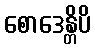
စောဒေန္တိပိ